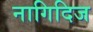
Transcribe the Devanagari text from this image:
नागिदिज